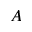
A